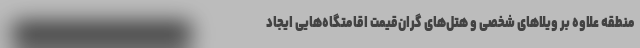
منطقه علاوه بر ویلاهای شخصی و هتل‌های گران‌قیمت اقامتگاه‌هایی ایجاد